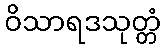
ဝိသာရဒသုတ္တံ